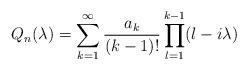
LaTeX: \begin{align*}Q_n(\lambda )=\sum_{k=1}^\infty \frac{a_k}{(k-1)!}\prod_{l=1}^{k-1}(l -i\lambda)\end{align*}